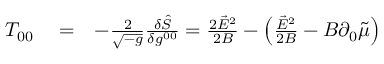
\begin{array} { r l r } { T _ { 0 0 } } & { { } = } & { - \frac { 2 } { \sqrt { - g } } \frac { \delta \hat { S } } { \delta g ^ { 0 0 } } = \frac { 2 \vec { E } ^ { 2 } } { 2 B } - \left( \frac { \vec { E } ^ { 2 } } { 2 B } - B \partial _ { 0 } \tilde { \mu } \right) } \end{array}